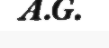
A.G.